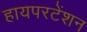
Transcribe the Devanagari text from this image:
हायपरटेंशन